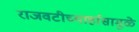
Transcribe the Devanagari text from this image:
राजवटीच्यार्हासामुळे